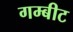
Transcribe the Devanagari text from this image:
गम्बीट